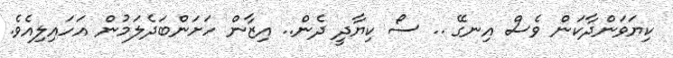
ކިޔަވަންދާކަން ވެސް އިނގޭ .. ސޯ ކިޔާދީ ދެން.. އިޒާން ހަށަންބަދެލަމުން އަހައިލިއެވެ.